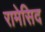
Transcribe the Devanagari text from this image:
रामेसिद